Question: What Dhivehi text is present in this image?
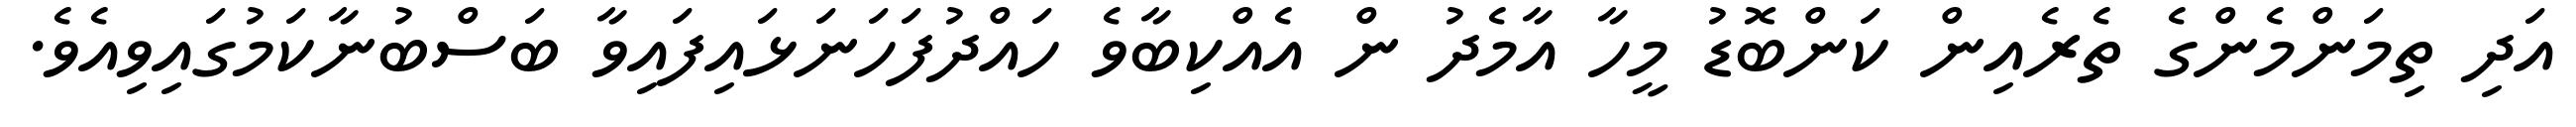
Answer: އަދި ތިމަންމެންގެ ތެރެއިން ކަންބޮޑު މީހާ އާމެދު ން އެއްކިބާވެ ހައްދުފަހަނަޅައިފައިވާ ބަސްބުނާކަމުގައިވިއެވެ.